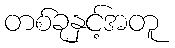
တစ်ခုနှင့်အတူ